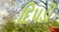
દિપડી